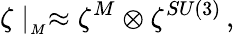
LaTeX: \zeta\mid_{_M}\approx\zeta^{M}\otimes\zeta^{SU(3)}\, ,